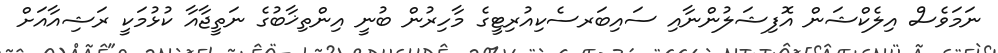
ނަމަވެސް އިލެކްޝަން އޮފިޝަލުންނާއި ސައިބަރސެކިއުރިޓީގެ މާހިރުން ބުނީ އިންތިޚާބުގެ ނަތީޖާއާ ކުޅުމަކީ ރަޝިއާއަށް